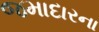
જમાદારના